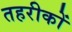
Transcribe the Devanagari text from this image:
तहरीकों